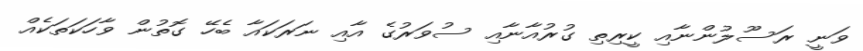
ވަނީ ރަސޫލުންނާއި ކީރިތި ގުރުއާނާއި ސުވަރުގެ އާއި ނަރަކައާ ބެހޭ ގޮތުން ވާހަކަތަކެއް